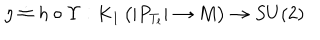
\eta \doteq h \circ \Upsilon : K _ { 1 } \left( | P _ { T _ { l } } | \rightarrow { M } \right) \rightarrow S U ( 2 )